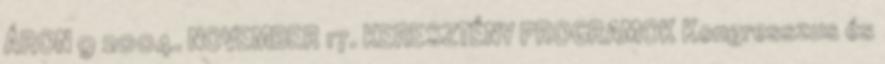
ÁRON 9 2004. NOVEMBER 17. KERESZTÉNY PROGRAMOK Kongresszus és